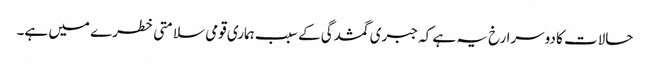
حالات کا دوسرا رخ یہ ہے کہ جبری گمشدگی کے سبب ہماری قومی سلامتی خطرے میں ہے۔